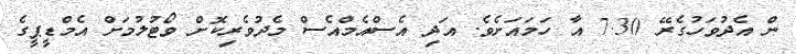
ން އެދުވަހުގެރޭ 7.30 އާ ހަމައަށެވެ. އަދި އެސްއެމްއެސް މެދުވެރިކޮށް ވޯޓުލުމަށް އެމްޑީޕީގެ